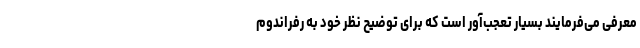
معرفی می‌فرمایند بسیار تعجب‌آور است که برای توضیح نظر خود به رفراندوم